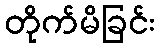
တိုက်မိခြင်း